Civil Veterinary Department Bihar reports 1936-40 - 1936-1940
Year: 1936
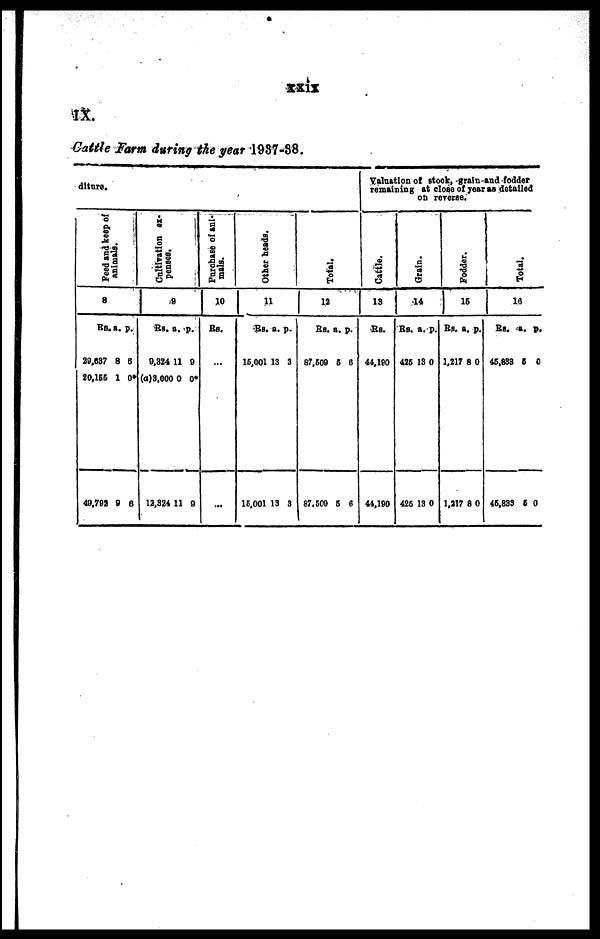
xxix
IX.
Cattle Farm during the year 1937-38.
diture.
Feed and keep of
animals.
8
Rs.
29,637
20,155
40,792
a.
8
1
9
p.
6
0*
6
Cultivation ex-
penses.
9
Rs. a
9,324
(a)3,000
12,324
a.
11
0
11
p.
9
0*
9
Purchase of ani-
mals.
10
Rs.
...
...
Other heads.
11
Rs.
15,001
15,001
a.
13
13
p.
3
3
Total.
12
Rs.
87,509
87,500
a.
5
5
p.
6
6
Valuation of stock, grain and fodder
remaining at close of year as detailed
on reverse.
Cattle.
13
Rs.
44,190
44,190
Grain.
14
Rs.
425
425
a.
13
13
p.
0
0
Fodder.
15
Rs.
1,217
1,217
a.
8
8
p.
0
0
Total.
10
Rs.
45,833
45,833
a.
5
5
p.
0
0